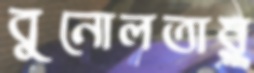
বুনোলতায়